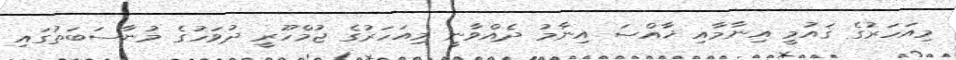
މިއަހަރުގެ ޤައުމީ އިނާމާއި ޚާއްޞަ އިނާމު ދެއްވާނީ މިއަހަރުގެ ޖުމްހޫރީ ދުވަހުގެ މުނާސަބަތުގައި